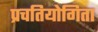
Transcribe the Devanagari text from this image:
प्रचतियोगिता